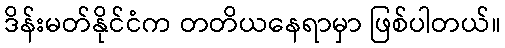
ဒိန်းမတ်နိုင်ငံက တတိယနေရာမှာ ဖြစ်ပါတယ်။